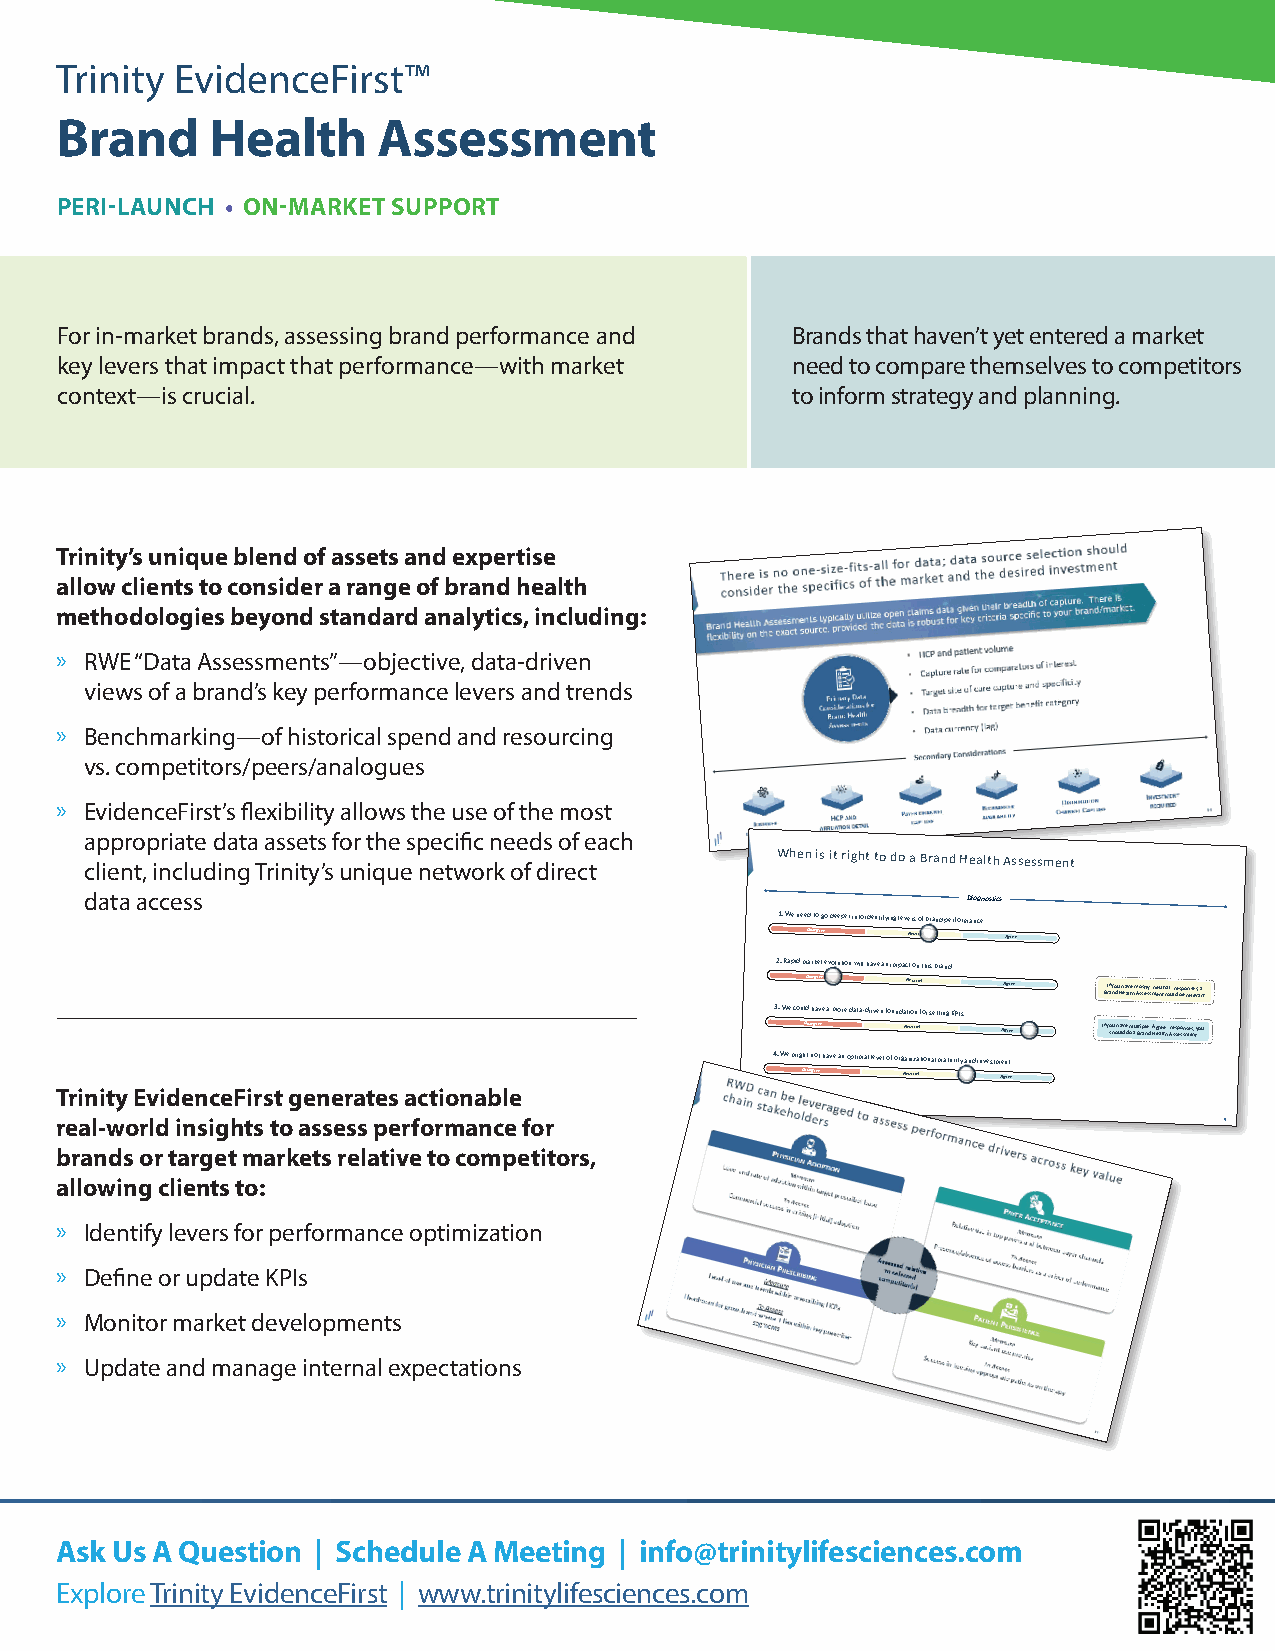
Trinity EvidenceFirst™
 Brand     Health     Assessment
 PERI-LAUNCH • ON-MARKET SUPPORT
 For in-market brands, assessing brand performance and Brands that haven’t yet entered a market
 key levers that impact that performance—with market need to compare themselves to competitors
 context—is crucial.                             to inform strategy and planning.
 Trinity’s unique blend of assets and expertise
 allow clients to consider a range of brand health
 methodologies beyond standard analytics, including:
 » RWE “Data Assessments”—objective, data-driven
 views of a brand’s key performance levers and trends
 » Benchmarking—of historical spend and resourcing
 vs. competitors/peers/analogues
 » EvidenceFirst’s flexibility allows the use of the most
 appropriate data assets for the specific needs of each
 client, including Trinity’s unique network of direct When is it right to do a Brand Health Assessment
 data access                                               Diagnostics
 1. We need to go deeper into identifying levers of brand performance
 Disagree Neutral Agree
 2. Rapid market evolution will have an impact on this brand
 Disagree Neutral Agree BrIf a y no du H h ea av lte h m Ao sss etl sy s “ mn ee nu ttr ca ol u” lr de bsp eo rn es le evs, a a n t
 3. We could have a more data-driven foundation for setting KPIs
 Disagree Neutral Agree If yo shu o h ua lv de d m o au l Bti rp al ne d “ A Hg er ae lte h” Are ss sp eo ssn mse es n, tyou
 4. We might not have an optimal level of organizational maturity and investment
 Disagree Neutral Agree
 Trinity EvidenceFirst generates actionable
 real-world insights to assess performance for                                9
 brands or target markets relative to competitors,
 allowing clients to:
 » Identify levers for performance optimization
 » Define or update KPIs
 » Monitor market developments
 » Update and manage internal expectations
 Ask Us A Question | Schedule A Meeting | info@trinitylifesciences.com
 Explore Trinity EvidenceFirst | www.trinitylifesciences.com